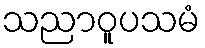
သညာဝူပသမံ